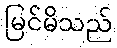
မြင်မိသည်